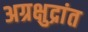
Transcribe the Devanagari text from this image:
अग्रक्षुद्रांत